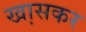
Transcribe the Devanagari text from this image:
खा़सकर